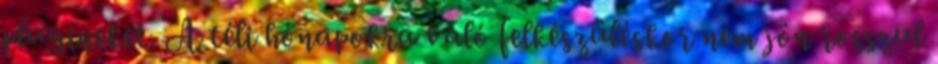
plugineket. A téli hónapokra való felkészüléskor nem jön rosszul